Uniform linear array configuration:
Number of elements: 32
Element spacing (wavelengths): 0.5
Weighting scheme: kaiser
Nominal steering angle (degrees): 45
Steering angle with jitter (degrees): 44.857
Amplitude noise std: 0.05
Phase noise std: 0.05

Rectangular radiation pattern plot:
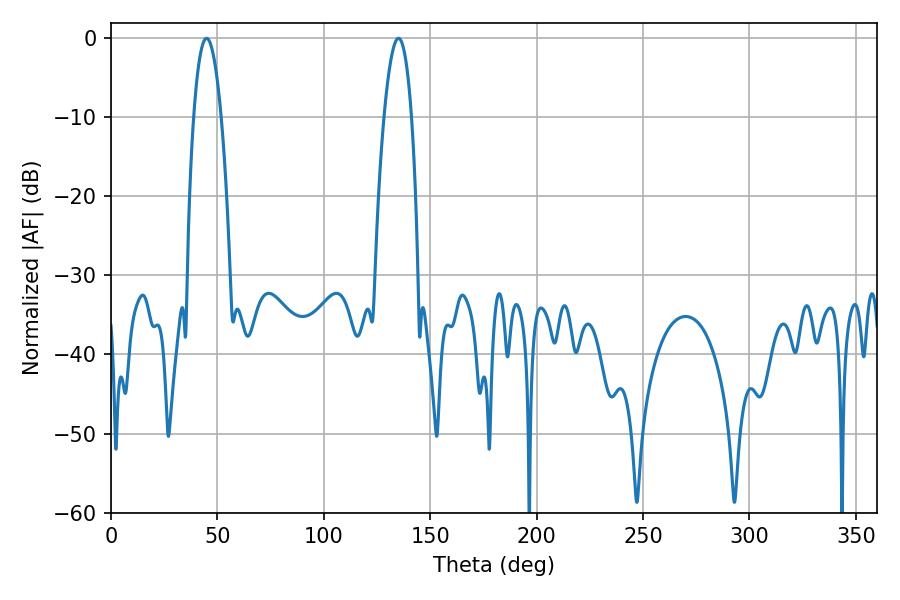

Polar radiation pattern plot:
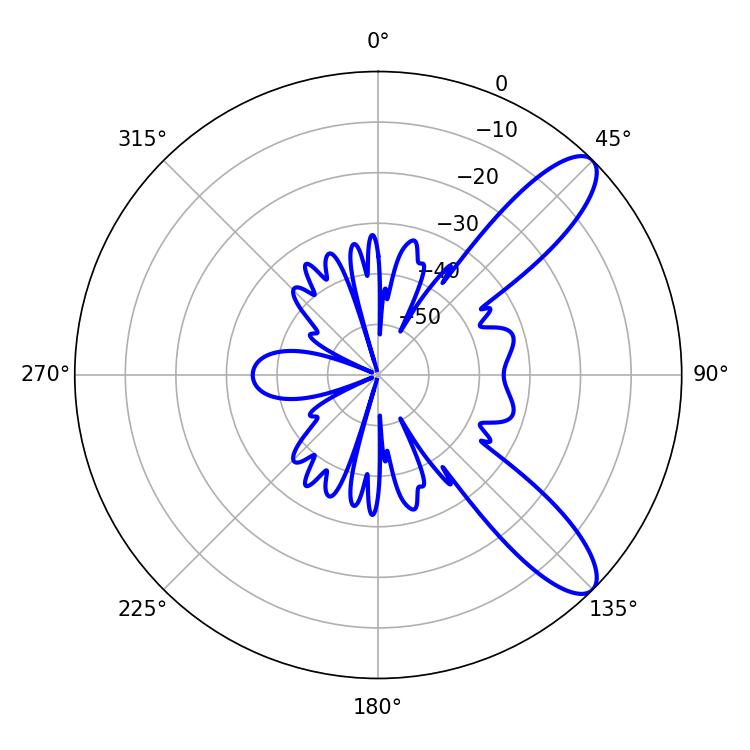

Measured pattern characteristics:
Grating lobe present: FALSE
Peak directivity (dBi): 10.228
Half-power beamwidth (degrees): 7.2
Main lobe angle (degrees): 44.82